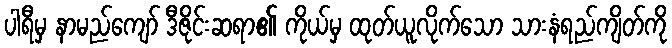
ပါရီမှ နာမည်ကျော် ဒီဇိုင်းဆရာ၏ ကိုယ်မှ ထုတ်ယူလိုက်သော သားနံရည်ကျိတ်ကို